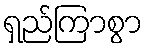
ရှည်ကြာစွာ